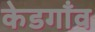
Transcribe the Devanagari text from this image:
केडगाँव